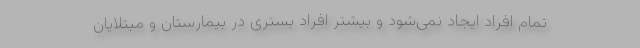
تمام افراد ایجاد نمی‌شود و بیشتر افراد بستری در بیمارستان و مبتلایان